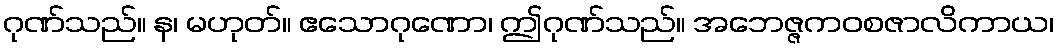
ဂုဏ်သည်။ န၊ မဟုတ်။ ဧသောဂုဏော၊ ဤဂုဏ်သည်။ အဘေဇ္ဇကဝစဇာလိကာယ၊